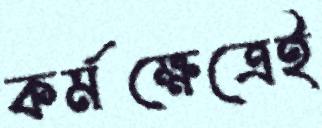
কর্মক্ষেত্রেই